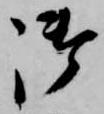
御